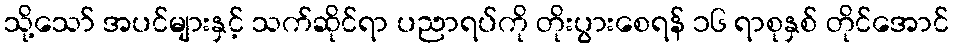
သို့သော် အပင်များနှင့် သက်ဆိုင်ရာ ပညာရပ်ကို တိုးပွားစေရန် ၁၆ ရာစုနှစ် တိုင်အောင်